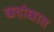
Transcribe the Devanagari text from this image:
खदोखाल